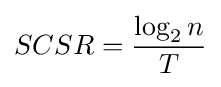
SCSR={\frac {\log _{2}{n}}{T}}